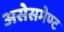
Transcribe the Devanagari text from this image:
असेसमेण्ट